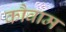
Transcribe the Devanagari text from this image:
कौवाम